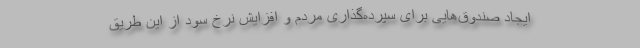
ایجاد صندوق‌هایی برای سپرده‌گذاری مردم و افزایش نرخ سود از این طریق